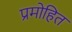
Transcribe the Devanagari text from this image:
प्रमोहित